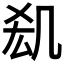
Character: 𠙆